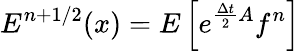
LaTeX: E^{n+1/2}(x)=E\left[e^{\frac{\Delta t}{2}A}f^{n}\right]